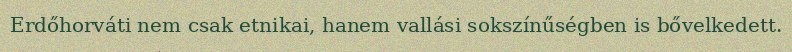
Erdőhorváti nem csak etnikai, hanem vallási sokszínűségben is bővelkedett.